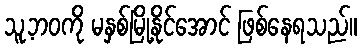
သူ့ဘဝကို မနှစ်မြို့နိုင်အောင် ဖြစ်နေရသည်။